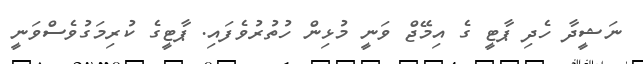
ނަޝީދާ ހެދި ޕާޓީ ގެ އިމޭޖް ވަނީ މުޅިން ހުތުރުވެފައި. ޕާޓީގެ ކުރިމަގުވެސްވަނީ